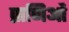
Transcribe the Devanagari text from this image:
प्राणिओं